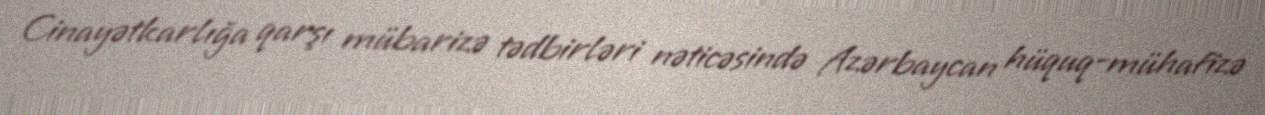
Cinayətkarlığa qarşı mübarizə tədbirləri nəticəsində Azərbaycan hüquq-mühafizə